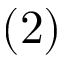
( 2 )